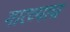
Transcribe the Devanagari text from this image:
गारव्याच